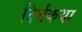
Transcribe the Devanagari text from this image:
दिर्घकथा